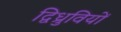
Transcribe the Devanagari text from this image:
द्विध्रुवियों